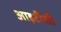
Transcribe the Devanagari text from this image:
आइटीसी